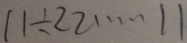
1 1 \div 2 2 \cdots 1 1